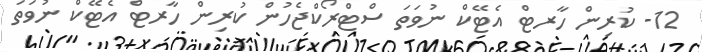
12- ކުރިން ހާރޓް އެޓޭކް ނުވަތަ ސްޓްރޯކްޖެހުން ކުރިން ހާރޓް އެޓޭކް ނުވަތަ